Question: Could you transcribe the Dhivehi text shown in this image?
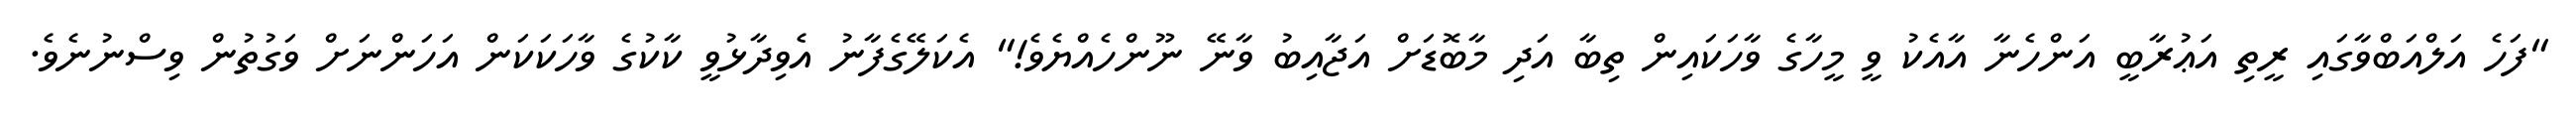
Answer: "ފަހެ އަލްއަބްވާގައި ރީތި އަޢުރާބީ އަންހެނާ އާއެކު ވީ މީހާގެ ވާހަކައިން ތިބާ އަދި މާބޮޑަށް އަޖާއިބު ވާނޭ ނޫންހެއްޔެވެ!" އެކަލޭގެފާނު އެވިދާޅުވީ ކާކުގެ ވާހަކަކަން އަހަންނަށް ވަގުތުން ވިސްނުނެވެ.